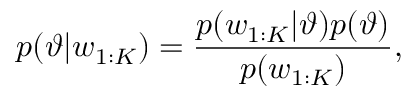
p ( \vartheta | w _ { 1 : K } ) = \frac { p ( w _ { 1 : K } | \vartheta ) p ( \vartheta ) } { p ( w _ { 1 : K } ) } ,